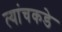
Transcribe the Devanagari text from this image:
त्यांचकडे